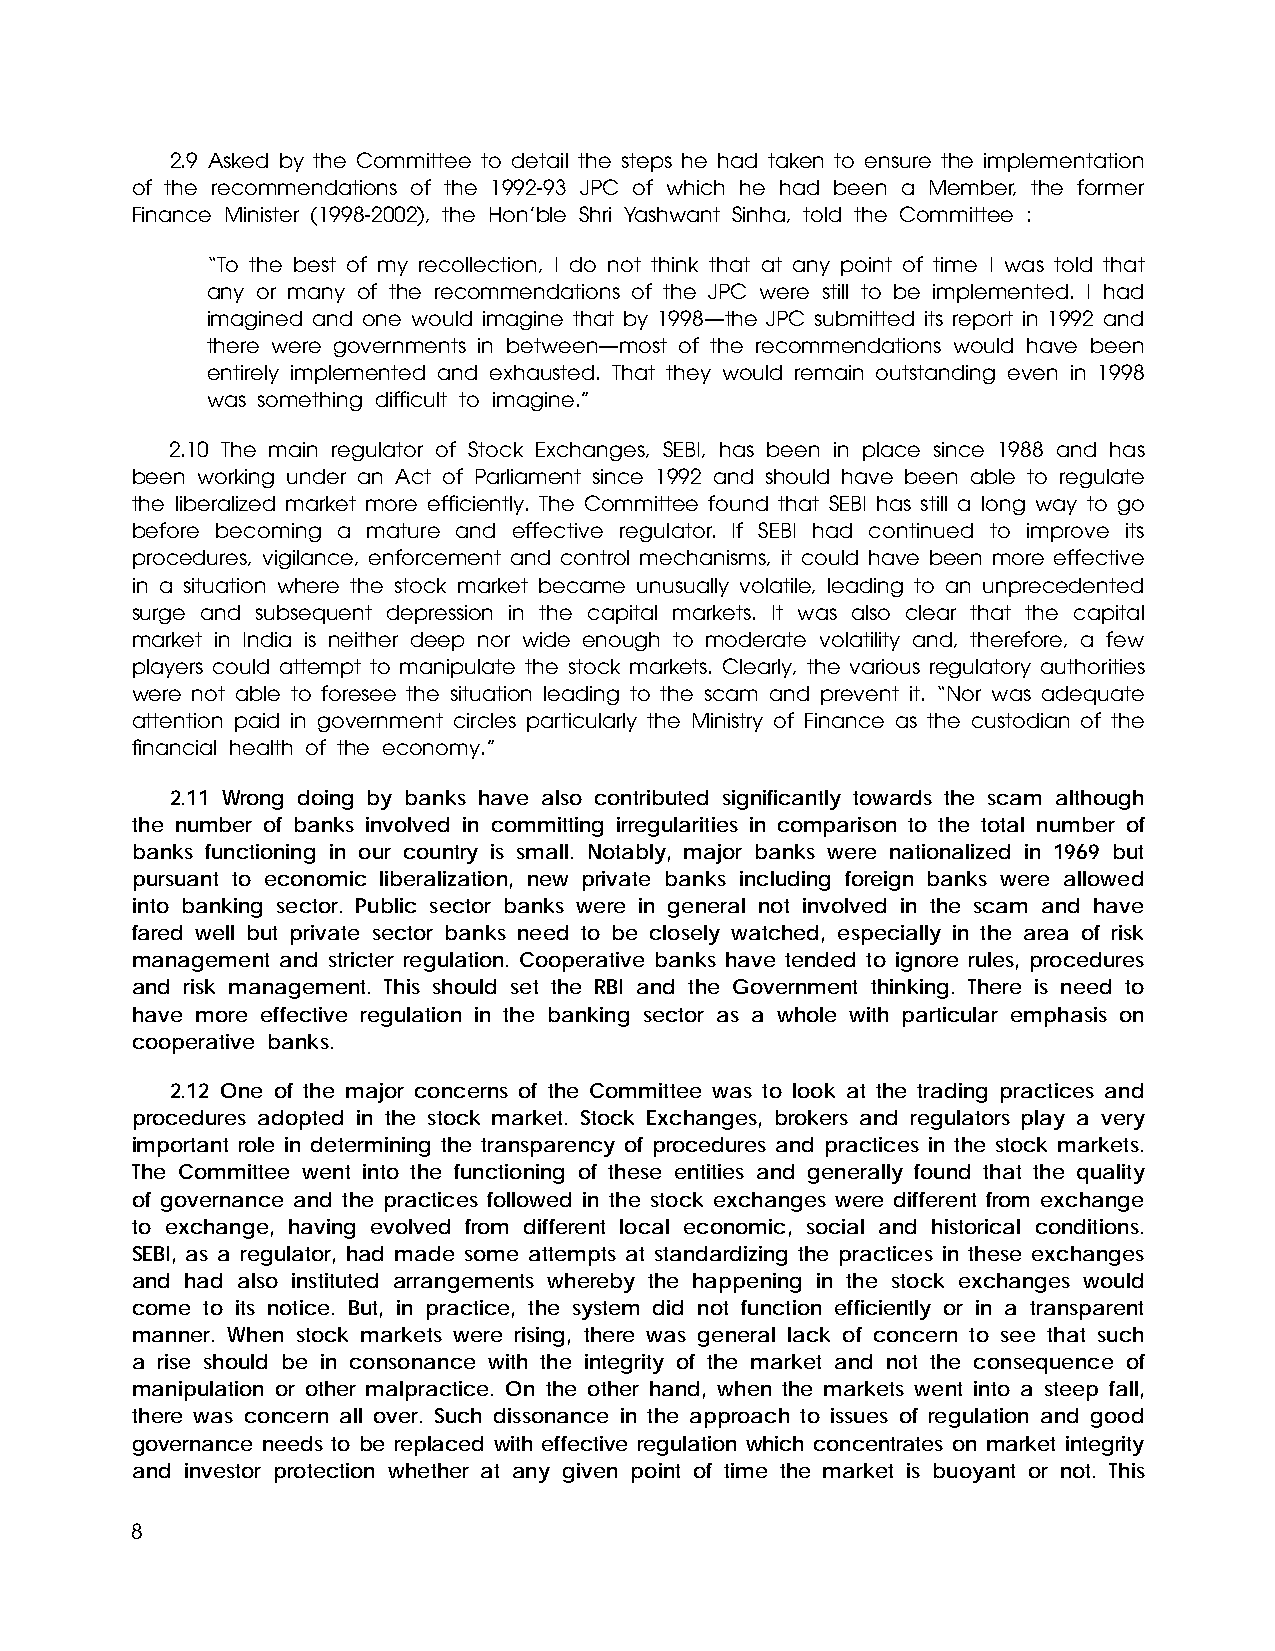
2.9 Asked by the Committee to detail the steps he had taken to ensure the implementation
 of the recommendations of the 1992-93 JPC of which he had been a Member, the former
 Finance Minister (1998-2002), the Hon’ble Shri Yashwant Sinha, told the Committee :
 “To the best of my recollection, I do not think that at any point of time I was told that
 any or many of the recommendations of the JPC were still to be implemented. I had
 imagined and one would imagine that by 1998—the JPC submitted its report in 1992 and
 there were governments in between—most of the recommendations would have been
 entirely implemented and exhausted. That they would remain outstanding even in 1998
 was something difficult to imagine.”
 2.10 The main regulator of Stock Exchanges, SEBI, has been in place since 1988 and has
 been working under an Act of Parliament since 1992 and should have been able to regulate
 the liberalized market more efficiently. The Committee found that SEBI has still a long way to go
 before becoming a mature and effective regulator. If SEBI had continued to improve its
 procedures, vigilance, enforcement and control mechanisms, it could have been more effective
 in a situation where the stock market became unusually volatile, leading to an unprecedented
 surge and subsequent depression in the capital markets. It was also clear that the capital
 market in India is neither deep nor wide enough to moderate volatility and, therefore, a few
 players could attempt to manipulate the stock markets. Clearly, the various regulatory authorities
 were not able to foresee the situation leading to the scam and prevent it. “Nor was adequate
 attention paid in government circles particularly the Ministry of Finance as the custodian of the
 financial health of the economy.”
 2.11 Wrong doing by banks have also contributed significantly towards the scam although
 the number of banks involved in committing irregularities in comparison to the total number of
 banks functioning in our country is small. Notably, major banks were nationalized in 1969 but
 pursuant to economic liberalization, new private banks including foreign banks were allowed
 into banking sector. Public sector banks were in general not involved in the scam and have
 fared well but private sector banks need to be closely watched, especially in the area of risk
 management and stricter regulation. Cooperative banks have tended to ignore rules, procedures
 and risk management. This should set the RBI and the Government thinking. There is need to
 have more effective regulation in the banking sector as a whole with particular emphasis on
 cooperative banks.
 2.12 One of the major concerns of the Committee was to look at the trading practices and
 procedures adopted in the stock market. Stock Exchanges, brokers and regulators play a very
 important role in determining the transparency of procedures and practices in the stock markets.
 The Committee went into the functioning of these entities and generally found that the quality
 of governance and the practices followed in the stock exchanges were different from exchange
 to exchange, having evolved from different local economic, social and historical conditions.
 SEBI, as a regulator, had made some attempts at standardizing the practices in these exchanges
 and had also instituted arrangements whereby the happening in the stock exchanges would
 come to its notice. But, in practice, the system did not function efficiently or in a transparent
 manner. When stock markets were rising, there was general lack of concern to see that such
 a rise should be in consonance with the integrity of the market and not the consequence of
 manipulation or other malpractice. On the other hand, when the markets went into a steep fall,
 there was concern all over. Such dissonance in the approach to issues of regulation and good
 governance needs to be replaced with effective regulation which concentrates on market integrity
 and investor protection whether at any given point of time the market is buoyant or not. This
 8